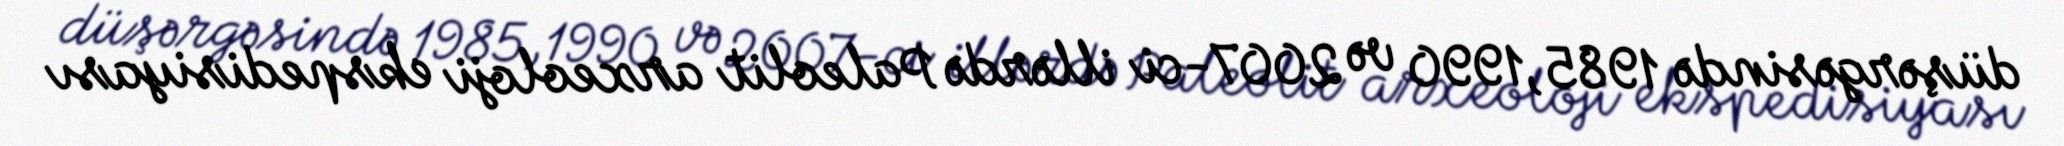
düşərgəsində 1985,1990 və 2007-ci illərdə Paleolit arxeoloji ekspedisiyası